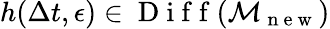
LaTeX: h(\Delta t,\epsilon)\in\mathrm{~D~i~f~f~}(\mathcal{M}_{\mathrm{~n~e~w~}})